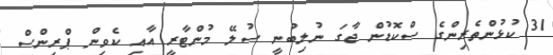
31 ކުޅުންތެރިންގެ ސްކޮޑުން ޖާގަ ނުލިބުނީ ސުލޭ މުންޓާރީ އާއި ކެވިން ޕްރިންސް